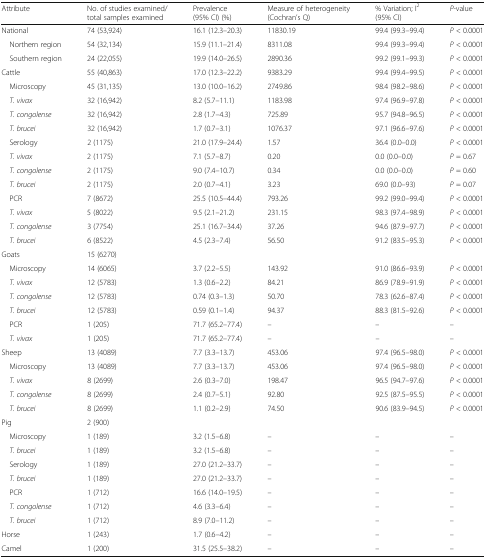
<table><thead><tr><td><b>Attribute</b></td><td><b>No. of studies examined/total samples examined</b></td><td><b>Prevalence (95% CI) (%)</b></td><td><b>Measure of heterogeneity (Cochran’s Q)</b></td><td><b>% Variation; I<sup>2</sup> (95% CI)</b></td><td><b><i>P</i>-value</b></td></tr></thead><tbody><tr><td>National</td><td>74 (53,924)</td><td>16.1 (12.3–20.3)</td><td>11830.19</td><td>99.4 (99.3–99.4)</td><td><i>P</i> &lt; 0.0001</td></tr><tr><td> Northern region</td><td>54 (32,134)</td><td>15.9 (11.1–21.4)</td><td>8311.08</td><td>99.4 (99.3–99.4)</td><td><i>P</i> &lt; 0.0001</td></tr><tr><td> Southern region</td><td>24 (22,055)</td><td>19.9 (14.0–26.5)</td><td>2890.36</td><td>99.2 (99.1–99.3)</td><td><i>P</i> &lt; 0.0001</td></tr><tr><td>Cattle</td><td>55 (40,863)</td><td>17.0 (12.3–22.2)</td><td>9383.29</td><td>99.4 (99.4–99.5)</td><td><i>P</i> &lt; 0.0001</td></tr><tr><td> Microscopy</td><td>45 (31,135)</td><td>13.0 (10.0–16.2)</td><td>2749.86</td><td>98.4 (98.2–98.6)</td><td><i>P</i> &lt; 0.0001</td></tr><tr><td> <i>T. vivax</i></td><td>32 (16,942)</td><td>8.2 (5.7–11.1)</td><td>1183.98</td><td>97.4 (96.9–97.8)</td><td><i>P</i> &lt; 0.0001</td></tr><tr><td> <i>T. congolense</i></td><td>32 (16,942)</td><td>2.8 (1.7–4.3)</td><td>725.89</td><td>95.7 (94.8–96.5)</td><td><i>P</i> &lt; 0.0001</td></tr><tr><td> <i>T. brucei</i></td><td>32 (16,942)</td><td>1.7 (0.7–3.1)</td><td>1076.37</td><td>97.1 (96.6–97.6)</td><td><i>P</i> &lt; 0.0001</td></tr><tr><td> Serology</td><td>2 (1175)</td><td>21.0 (17.9–24.4)</td><td>1.57</td><td>36.4 (0.0–0.0)</td><td><i>P</i> &lt; 0.0001</td></tr><tr><td> <i>T. vivax</i></td><td>2 (1175)</td><td>7.1 (5.7–8.7)</td><td>0.20</td><td>0.0 (0.0–0.0)</td><td><i>P</i> = 0.67</td></tr><tr><td> <i>T. congolense</i></td><td>2 (1175)</td><td>9.0 (7.4–10.7)</td><td>0.34</td><td>0.0 (0.0–0.0)</td><td><i>P</i> = 0.60</td></tr><tr><td> <i>T. brucei</i></td><td>2 (1175)</td><td>2.0 (0.7–4.1)</td><td>3.23</td><td>69.0 (0.0–93)</td><td><i>P</i> = 0.07</td></tr><tr><td> PCR</td><td>7 (8672)</td><td>25.5 (10.5–44.4)</td><td>793.26</td><td>99.2 (99.0–99.4)</td><td><i>P</i> &lt; 0.0001</td></tr><tr><td> <i>T. vivax</i></td><td>5 (8022)</td><td>9.5 (2.1–21.2)</td><td>231.15</td><td>98.3 (97.4–98.9)</td><td><i>P</i> &lt; 0.0001</td></tr><tr><td> <i>T. congolense</i></td><td>3 (7754)</td><td>25.1 (16.7–34.4)</td><td>37.26</td><td>94.6 (87.9–97.7)</td><td><i>P</i> &lt; 0.0001</td></tr><tr><td> <i>T. brucei</i></td><td>6 (8522)</td><td>4.5 (2.3–7.4)</td><td>56.50</td><td>91.2 (83.5–95.3)</td><td><i>P</i> &lt; 0.0001</td></tr><tr><td>Goats</td><td>15 (6270)</td><td></td><td></td><td></td><td></td></tr><tr><td> Microscopy</td><td>14 (6065)</td><td>3.7 (2.2–5.5)</td><td>143.92</td><td>91.0 (86.6–93.9)</td><td><i>P</i> &lt; 0.0001</td></tr><tr><td> <i>T. vivax</i></td><td>12 (5783)</td><td>1.3 (0.6–2.2)</td><td>84.21</td><td>86.9 (78.9–91.9)</td><td><i>P</i> &lt; 0.0001</td></tr><tr><td> <i>T. congolense</i></td><td>12 (5783)</td><td>0.74 (0.3–1.3)</td><td>50.70</td><td>78.3 (62.6–87.4)</td><td><i>P</i> &lt; 0.0001</td></tr><tr><td> <i>T. brucei</i></td><td>12 (5783)</td><td>0.59 (0.1–1.4)</td><td>94.37</td><td>88.3 (81.5–92.6)</td><td><i>P</i> &lt; 0.0001</td></tr><tr><td> PCR</td><td>1 (205)</td><td>71.7 (65.2–77.4)</td><td>–</td><td>–</td><td>–</td></tr><tr><td> <i>T. vivax</i></td><td>1 (205)</td><td>71.7 (65.2–77.4)</td><td>–</td><td>–</td><td>–</td></tr><tr><td>Sheep</td><td>13 (4089)</td><td>7.7 (3.3–13.7)</td><td>453.06</td><td>97.4 (96.5–98.0)</td><td><i>P</i> &lt; 0.0001</td></tr><tr><td> Microscopy</td><td>13 (4089)</td><td>7.7 (3.3–13.7)</td><td>453.06</td><td>97.4 (96.5–98.0)</td><td><i>P</i> &lt; 0.0001</td></tr><tr><td> <i>T. vivax</i></td><td>8 (2699)</td><td>2.6 (0.3–7.0)</td><td>198.47</td><td>96.5 (94.7–97.6)</td><td><i>P</i> &lt; 0.0001</td></tr><tr><td> <i>T. congolense</i></td><td>8 (2699)</td><td>2.4 (0.7–5.1)</td><td>92.80</td><td>92.5 (87.5–95.5)</td><td><i>P</i> &lt; 0.0001</td></tr><tr><td> <i>T. brucei</i></td><td>8 (2699)</td><td>1.1 (0.2–2.9)</td><td>74.50</td><td>90.6 (83.9–94.5)</td><td><i>P</i> &lt; 0.0001</td></tr><tr><td>Pig</td><td>2 (900)</td><td></td><td></td><td></td><td></td></tr><tr><td> Microscopy</td><td>1 (189)</td><td>3.2 (1.5–6.8)</td><td>–</td><td>–</td><td>–</td></tr><tr><td> <i>T. brucei</i></td><td>1 (189)</td><td>3.2 (1.5–6.8)</td><td>–</td><td>–</td><td>–</td></tr><tr><td> Serology</td><td>1 (189)</td><td>27.0 (21.2–33.7)</td><td>–</td><td>–</td><td>–</td></tr><tr><td> <i>T. brucei</i></td><td>1 (189)</td><td>27.0 (21.2–33.7)</td><td>–</td><td>–</td><td>–</td></tr><tr><td> PCR</td><td>1 (712)</td><td>16.6 (14.0–19.5)</td><td>–</td><td>–</td><td>–</td></tr><tr><td> <i>T. congolense</i></td><td>1 (712)</td><td>4.6 (3.3–6.4)</td><td>–</td><td>–</td><td>–</td></tr><tr><td> <i>T. brucei</i></td><td>1 (712)</td><td>8.9 (7.0–11.2)</td><td>–</td><td>–</td><td>–</td></tr><tr><td>Horse</td><td>1 (243)</td><td>1.7 (0.6–4.2)</td><td>–</td><td>–</td><td>–</td></tr><tr><td>Camel</td><td>1 (200)</td><td>31.5 (25.5–38.2)</td><td>–</td><td>–</td><td>–</td></tr></tbody></table>